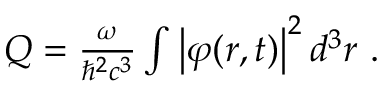
\begin{array} { r } { Q = \frac { \omega } { \hbar ^ { 2 } c ^ { 3 } } \int \left| \varphi ( \boldsymbol { r } , t ) \right| ^ { 2 } d ^ { 3 } \boldsymbol { r } ~ . } \end{array}